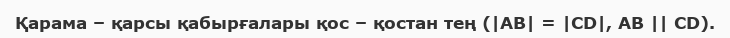
Қарама – қарсы қабырғалары қос – қостан тең (|AB| = |CD|, AB || CD).